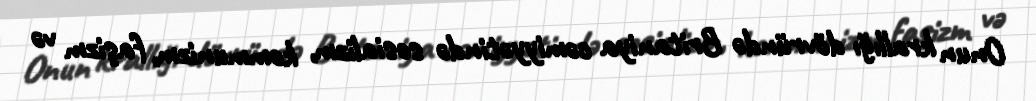
Onun krallığı dövründə Britaniya cəmiyyətində sosializm, kommunizm, faşizm və